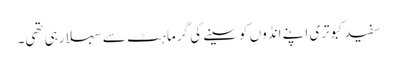
سفید کبوتری اپنے انڈوں کو سینے کی گرماہٹ سے سہلا رہی تھی۔